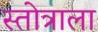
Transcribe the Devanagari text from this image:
स्तोत्राला